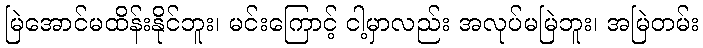
မြဲအောင်မထိန်းနိုင်ဘူး၊ မင်းကြောင့် ငါ့မှာလည်း အလုပ်မမြဲဘူး၊ အမြဲတမ်း